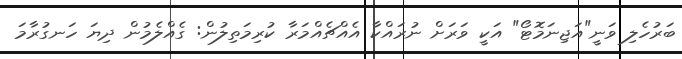
ބަރުހެލި ވަނީ"އަޖިނަމޮޓޯ" އަކީ ވަރަށް ނުރައްކާ އެއްޗެއްމަރާ ކުރިމަތިލުން: ގެއްލެމުން ދިޔަ ހަނގުރާމަ